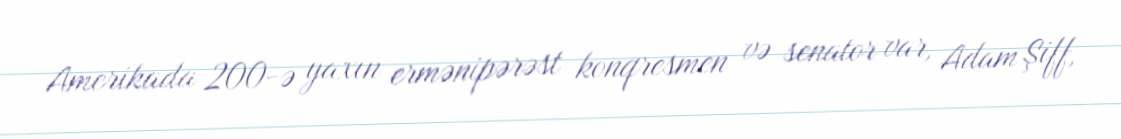
Amerikada 200-ə yaxın ermənipərəst konqresmen və senator var, Adam Şiff,